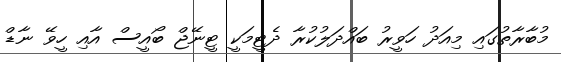
މުބާރާތުގައި މިއަދު ހަވީރު ބައްދަލުކުރާ ދެޓީމަކީ ޓީނޭޖް ބޯއީސް އާއި ހީވޭ ނާޑް